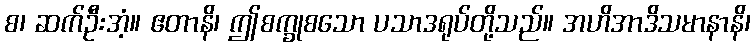
စ၊ ဆက်ဦးအံ့။ ဧတာနိ၊ ဤစက္ခုစသော ပသာဒရုပ်တို့သည်။ အဟိအာဒိသမာနာနိ၊